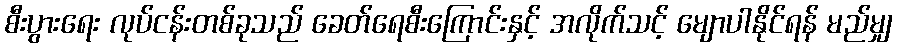
စီးပွားရေး လုပ်ငန်းတစ်ခုသည် ခေတ်ရေစီးကြောင်းနှင့် အလိုက်သင့် မျောပါနိုင်ရန် မည်မျှ